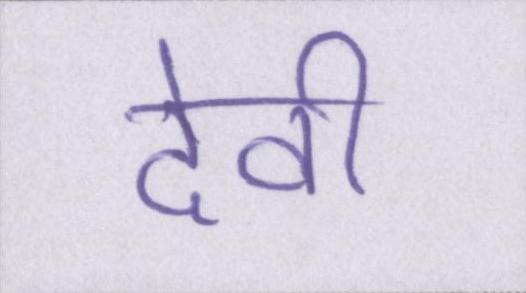
देवी